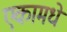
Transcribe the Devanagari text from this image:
एकामधे